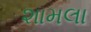
શામલા